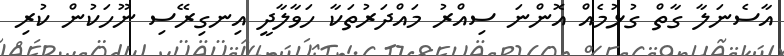
އާސެނަލާ ގާތް ގުޅުމެއް އޮންނަ ސިއްރު މައްދަރުތަކާ ހަވާލާދީ އިނގިރޭސި ނޫހަކުން ކުރި